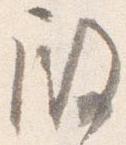
殿